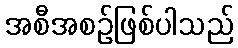
အစီအစဉ်ဖြစ်ပါသည်